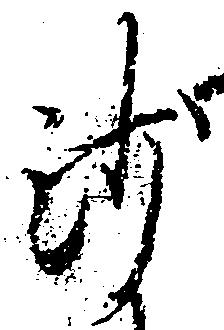
沙